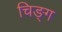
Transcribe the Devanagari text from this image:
चिङ्ग